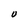
Character: U